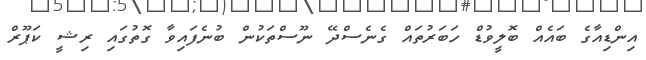
އިންޑިއާގެ ބައެއް ބޮލީވުޑް ހަބަރުތައް ގެނެސްދޭ ނޫސްތަކުން ބުނެފައިވާ ގޮތުގައި ރިޝީ ކަޕޫރް